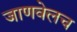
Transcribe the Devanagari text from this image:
जाणवेलच